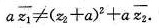
a \overline{z_{1}} ≠ ( z_{2} + a )^{2} + a \overline{z_{2}}$$.